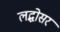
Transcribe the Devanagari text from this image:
लद्धोसर